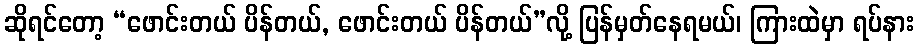
ဆိုရင်တော့ “ဖောင်းတယ် ပိန်တယ်, ဖောင်းတယ် ပိန်တယ်”လို့ ပြန်မှတ်နေရမယ်၊ ကြားထဲမှာ ရပ်နား